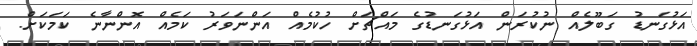
އަޅުގަނޑު ގަބޫލެއް ނުކުރަން އަޅުގަނޑުގެ މައްޗަށް ހުކުމެއް އަންނަވަރު ކަމެއް އޮންނާނެ ކަމަކަށް.